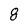
Character: 8